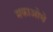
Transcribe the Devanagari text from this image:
मकाओचे